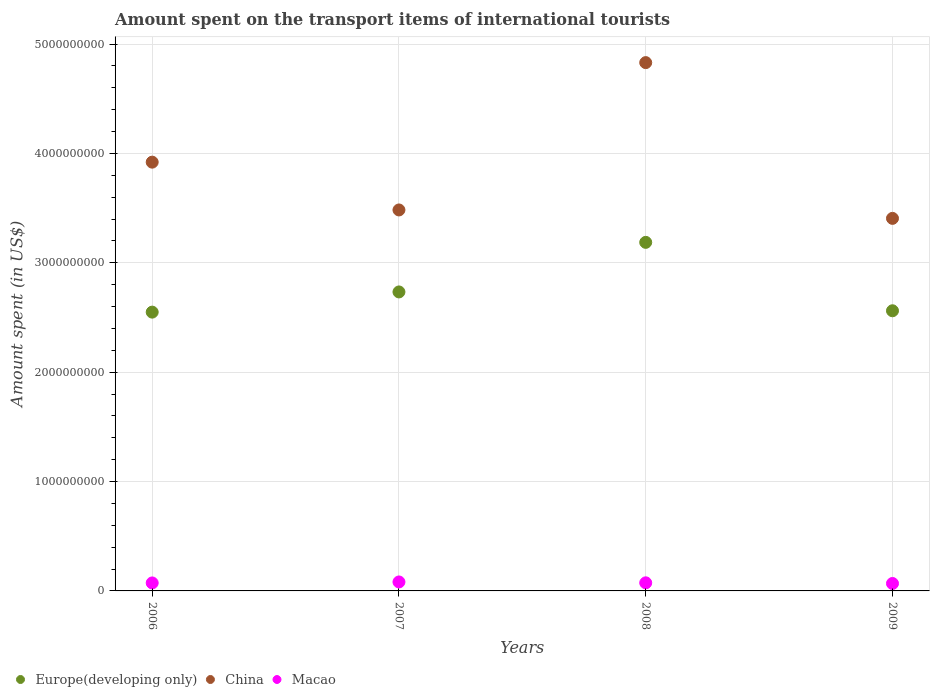
| Years | Europe(developing only) | China | Macao |
 | --- | --- | --- | --- |
 | 2006 | 2.55e+09 | 3.92e+09 | 7.3e+07 |
 | 2007 | 2.73e+09 | 3.48e+09 | 8.2e+07 |
 | 2008 | 3.19e+09 | 4.83e+09 | 7.4e+07 |
 | 2009 | 2.56e+09 | 3.41e+09 | 6.8e+07 |